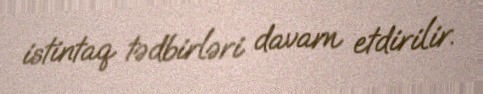
istintaq tədbirləri davam etdirilir.